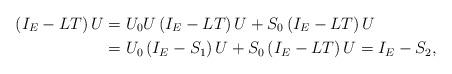
LaTeX: \begin{align*}\left(I_{E} - LT\right) U&=U_{0} U\left( I_{E} - LT\right) U + S_{0}\left(I_{E} - L T\right)U \\&=U_{0} \left( I_{E} - S_{1}\right) U + S_{0}\left(I_{E} - L T\right)U= I_{E}-S_{2}, \end{align*}